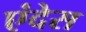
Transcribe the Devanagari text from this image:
एंदेस